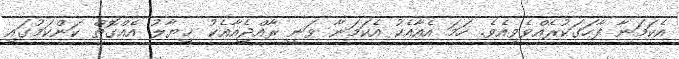
އެކަމަނާ ފާހަގަކުރެއްވެވިއެވެ. ހަމަ އެއާއެކު އެކަމަނާ ވަނީ ރާއްޖެއާއެކު ޚިޔާލު އެއްގޮތް ކަންކަމުގައި